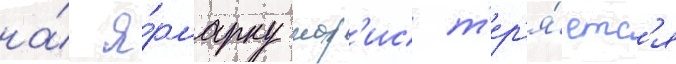
на́ я́рмарку мор'ис т'ер'я́етс'я